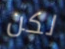
لكن